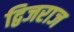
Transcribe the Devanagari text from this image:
द्विजराज